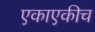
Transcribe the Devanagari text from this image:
एकाएकीच